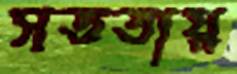
সততায়